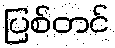
ပြစ်တင်